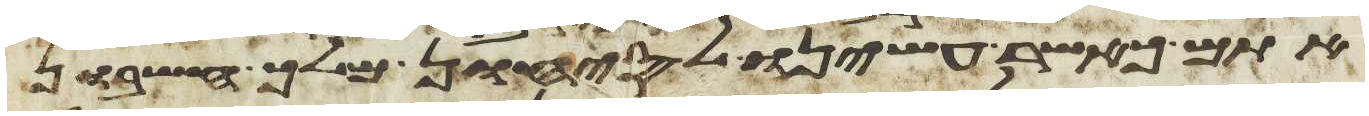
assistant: אתם כאשר עשינו לסיחון מלך חשבון